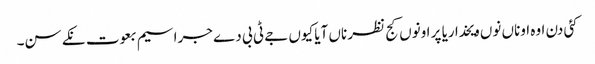
کئی دن اوہ اوناں نوں ویخدا ریا پر اونوں کج نظر ناں آیا کیوں جے ٹی بی دے جراسیم بعوت نکے سن۔